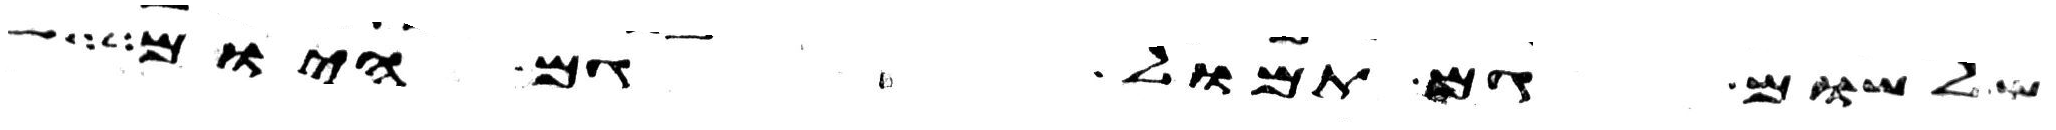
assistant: שלשום גם תמול גם היום